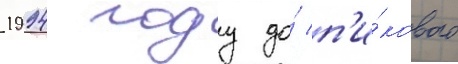
1994 году до́ п'и́кового